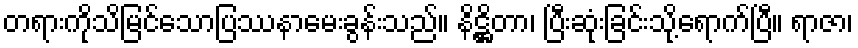
တရားကိုသိမြင်သောပြဿနာမေးခွန်းသည်။ နိဋ္ဌိတာ၊ ပြီးဆုံးခြင်းသို့ရောက်ပြီ။ ရာဇာ၊